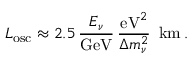
L _ { \mathrm { o s c } } \approx 2 . 5 \, \frac { E _ { \nu } } { \mathrm { G e V } } \, \frac { \mathrm { e V } ^ { 2 } } { \Delta m _ { \nu } ^ { 2 } } \, \, \, \mathrm { k m } \, .